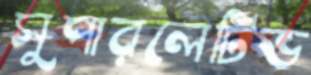
সুপারলেটিভ